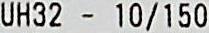
UH32 - 10/150